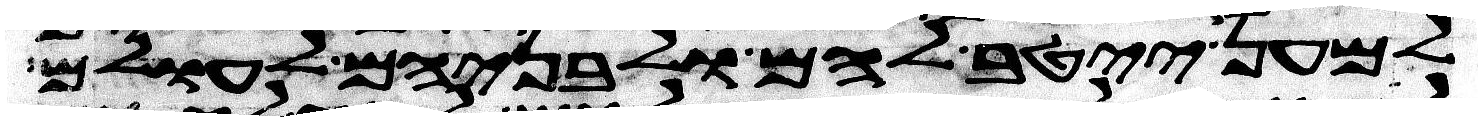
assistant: למען ייטב להם ולבניהם לעולם